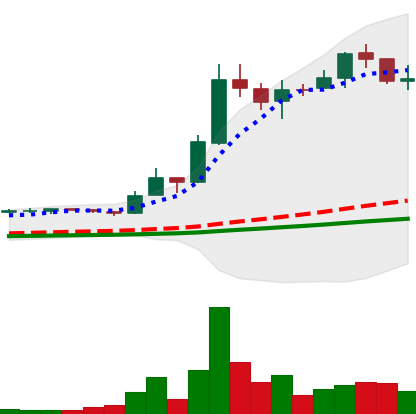
Ticker: LTC-USD
Chart end date: 2017-12-21
Forward return: -9.752%
Label: down_7plus